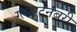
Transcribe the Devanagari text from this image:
ग्लेसटनबरी